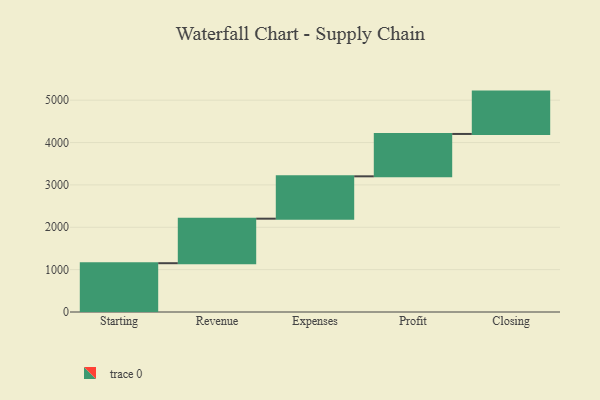
{"axis": {"x": "Step", "y": "Value"}, "legend": [""], "data": [{"x": "Starting", "y": 1152.0, "type": ""}, {"x": "Revenue", "y": 1051.0, "type": ""}, {"x": "Expenses", "y": 1000, "type": ""}, {"x": "Profit", "y": 1000, "type": ""}, {"x": "Closing", "y": 1000, "type": ""}]}